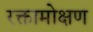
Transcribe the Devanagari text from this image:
रक्तामोक्षण